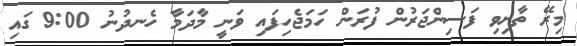
މިރޭ ތާށިވި ފަސިންޖަރުން ފުރަން ހަމަޖެހިފައި ވަނީ މާދަމާ ހެނދުނު 9:00 ގައި